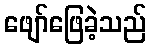
ဖျော်ဖြေခဲ့သည်